Indian journal of veterinary science and animal husbandry - Volume 3,
Year: 1933
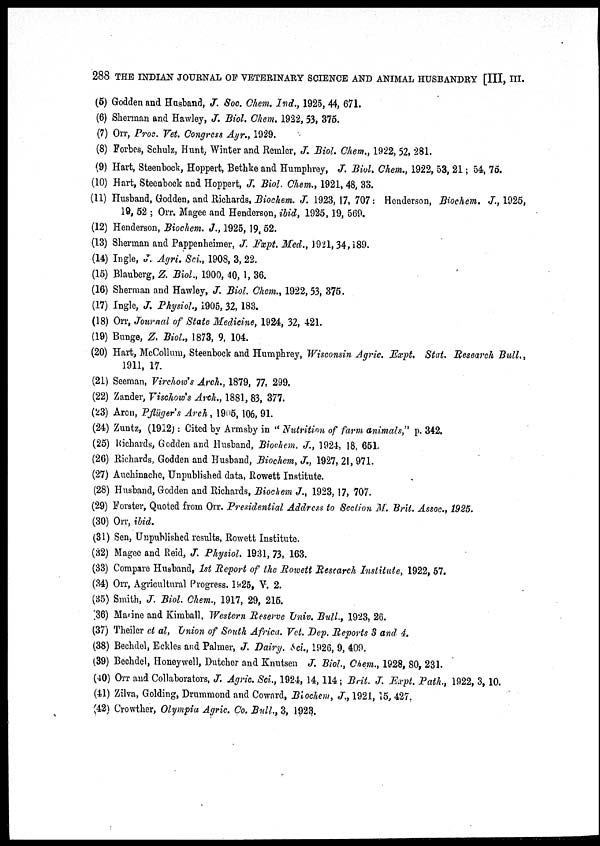
288 THE INDIAN JOURNAL OF VETERINARY SCIENCE AND ANIMAL HUSBANDRY [III, III.
(5) Godden and Husband, J. Soc. Chem. Ind., 1925, 44, 671.
(6) Sherman and Hawley, J. Biol. Chem. 1922, 53, 375.
(7) Orr, Proc. Vet. Congress Ayr., 1929.
(8) Forbes, Schulz, Hunt, Winter and Remler, J. Biol. Chem., 1922, 52, 281.
(9) Hart, Steenbock, Hoppert, Bethke and Humphrey, J. Biol. Chem., 1922, 53, 21 ; 54, 75.
(10) Hart, Steenbock and Hoppert, J. Biol. Chem,, 1921, 48, 33.
(11) Husband, Godden, and Richards, Biochem. J. 1923, 17, 707: Henderson, Biochem. J., 1925,
19, 52 ; Orr. Magee and Henderson, ibid, 1925, 19, 569.
(12) Henderson, Biochem. J., 1925, 19, 52.
(13) Sherman and Pappenheimer, J. Fxpt. Med., 1921, 34, 189.
(14) Ingle, J. Agri. Sci., 1908, 3, 22.
(15) Blauberg, Z. Biol., 1900, 40, 1, 36.
(16) Sherman and Hawley, J. Biol. Chem., 1922, 53, 375.
(17) Ingle, J. Physiol., 1905, 32, 183.
(18) Orr, Journal of State Medicine, 1924, 32, 421.
(19) Bunge, Z. Biol., 1873, 9, 104.
(20) Hart, McCollum, Steenbock and Humphrey, Wisconsin Agric. Expt. Stat. Research Bull,,
1911, 17.
(21) Seeman, Virchow's Arch., 1879, 77, 299.
(22) Zander, Vischow's Arch., 1881, 83, 377.
(23) Aron, P.flüger's Arch , 1905, 106, 91.
(24) Zuntz, (1912): Cited by Armsby in " Nutrition of farm animals," p. 342.
(25) Richards, Godden and Husband, Biochem. J., 1924, 18, 651.
(26) Richards, Godden and Husband, Biochem, J., 1927, 21, 971.
(27) Auchinache, Unpublished data, Rowett Institute.
(28) Husband, Godden and Richards, Biochem J., 1923, 17, 707.
(29) Forster, Quoted from Orr. Presidential Address to Section M. Brit. Assoc., 1925.
(30) Orr, ibid.
(31) Sen, Unpublished results, Rowett Institute.
(32) Magee and Reid, J. Physiol. 1931, 73, 163.
(33) Compare Husband, 1st Report of the Rowett Research Institute, 1922, 57.
(34) Orr, Agricultural Progress. 1925, V. 2.
(35) Smith, J. Biol. Chem., 1917, 29, 215.
(36) Marine and Kimball, Western Reserve Univ. Bull., 1923, 26.
(37) Theiler et al, Union of South Africa. Vet. Dep. Reports 3 and 4.
(38) Bechdel, Eckles and Palmer, J. Dairy. Sci., 1926, 9, 409.
(39) Bechdel, Honeywell, Dutcher and Knutsen J. Biol., Chem., 1928, 80, 231.
(40) Orr and Collaborators, J. Agric. Sci., 1924, 14, 114; Brit. J. Expt. Path., 1922, 3, 10.
(41) Zilva, Golding, Drummond and Coward, Biochem, J., 1921, 15, 427.
(42) Crowther, Olympia Agric. Co. Bull, 3, 1923.